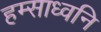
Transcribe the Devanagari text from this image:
हम्साध्वनि